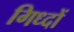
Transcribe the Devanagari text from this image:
गिध्दों